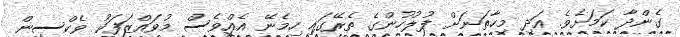
ގެންދާ ކަމަށެވެ. އަދި މިހާތަނަށް ފުލުހުންގެ ތެރޭގައި ހިމެނޭ އެއްވެސް މުވައްޒަފަކު ވެކްސިން